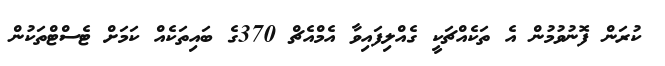
ކުރަން ފޮނުވުމުން އެ ތަކެއްޗަކީ ގެއްލިފައިވާ އެމްއެޗް 370ގެ ބައިތަކެއް ކަމަށް ޓެސްޓްތަކުން